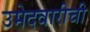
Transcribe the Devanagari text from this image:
उमेदवारीची